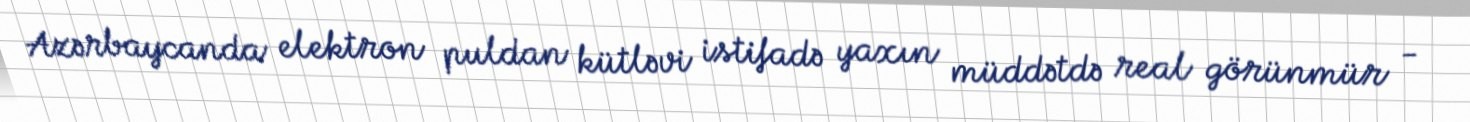
Azərbaycanda elektron puldan kütləvi istifadə yaxın müddətdə real görünmür -